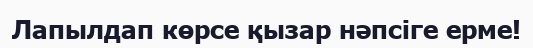
Лапылдап көрсе қызар нәпсіге ерме!